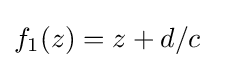
f_{1}(z)=z+d/c\quad